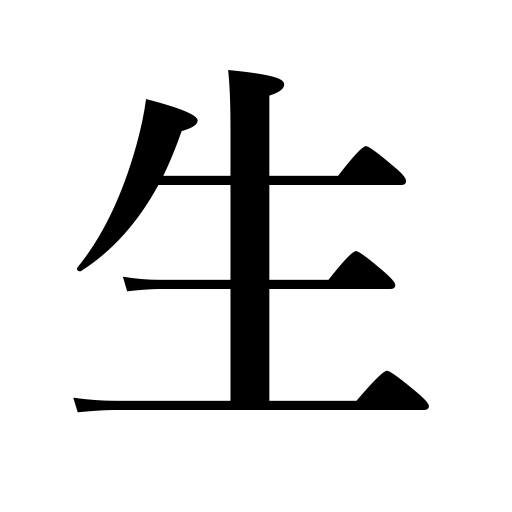
Meanings: half-boiled,unprocessed,let live,uncooked,keep alive,make the most of,living,yield interest,birth,impertinent,pure,arrange flowers in a vase,live,fresh,crude,bear,undiluted,hard cash,subsist,restore to life,life,grow,stet,cultivate,inexperienced,crude rubber,wear a beard,produce,unripe,exist,be safe on first,be enlivened,raw,give birth to,cut teeth,give life to,spring up,breed,spare a life,be born,beer on tap,resuscitate,genuine,rare,student,subsistence,existence,revive,conceited,spawn